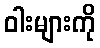
ဝါးများကို